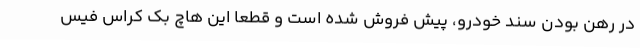
در رهن بودن سند خودرو، پیش فروش شده است و قطعاً این هاچ بک کراس فیس